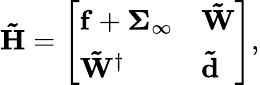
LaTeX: \mathbf{\tilde{H}}=\left[\begin{array}{ll}{\mathbf{f}+\mathbf{\Sigma}_{\infty}}&{\mathbf{\tilde{W}}}\\ {\mathbf{\tilde{W}}^{\dagger}}&{\mathbf{\tilde{d}}}\end{array}\right],